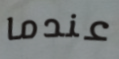
عندما